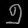
Digit: ၅